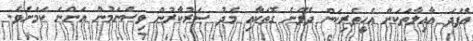
އެފަދަ އާއިލާތަކަށް އެހީތެރިކަން ދެވޭނެ ގޮތަކާއި މެދު ސަރުކާރުން ވިސްނަމުން އަންނަ ކަމަށެވެ.